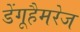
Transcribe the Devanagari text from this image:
डेंगूहैमरेज